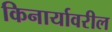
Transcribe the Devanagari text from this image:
किनार्यावरील